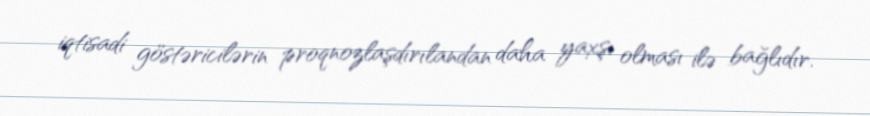
iqtisadi göstəricilərin proqnozlaşdırılandan daha yaxşı olması ilə bağlıdır.